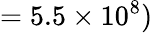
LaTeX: =5.5\times 10^{8})